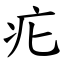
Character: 疕